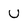
Character: U